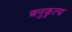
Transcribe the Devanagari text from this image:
अनुकृत्य